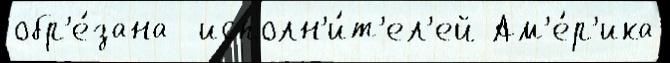
обр'е́зана  исполн'и́т'ел'ей Ам'е́р'ика